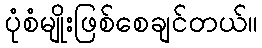
ပုံစံမျိုးဖြစ်စေချင်တယ်။